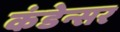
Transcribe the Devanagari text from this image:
कंडेन्सर